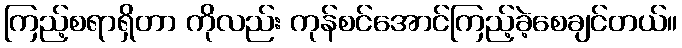
ကြည့်စရာရှိတာ ကိုလည်း ကုန်စင်အောင်ကြည့်ခဲ့စေချင်တယ်။